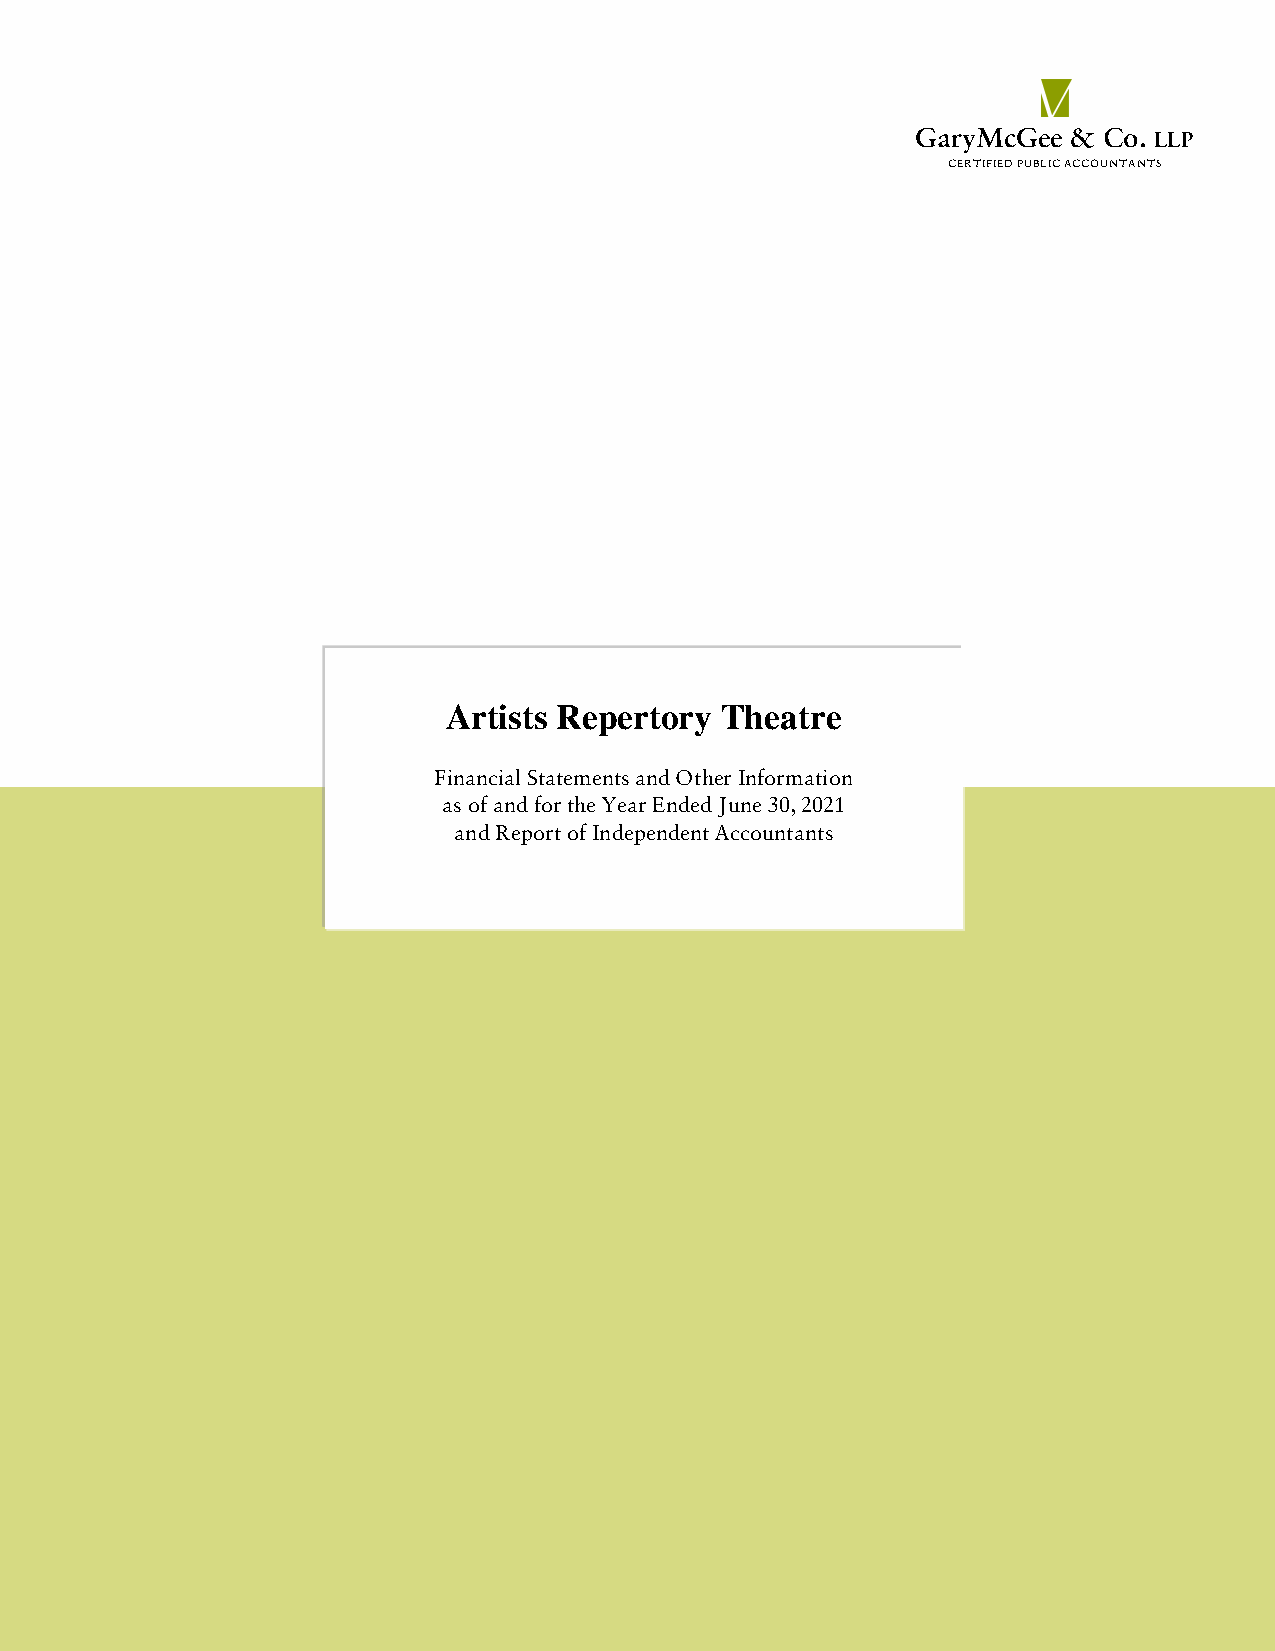
GaryMcGee & Co. LLP
 CERTIFIED PUBLIC ACCOUNTANTS
 Artists Repertory Theatre
 Financial Statements and Other Information
 as of and for the Year Ended June 30, 2021
 and Report of Independent Accountants